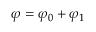
\varphi = \varphi _ { 0 } + \varphi _ { 1 }